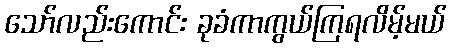
သော်လည်းကောင်း ခုခံကာကွယ်ကြရလိမ့်မယ်